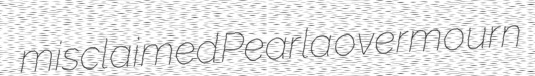
misclaimed Pearla overmourn